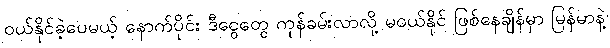
ဝယ်နိုင်ခဲ့ပေမယ့် နောက်ပိုင်း ဒီငွေတွေ ကုန်ခမ်းလာလို့ မဝယ်နိုင် ဖြစ်နေချိန်မှာ မြန်မာနဲ့